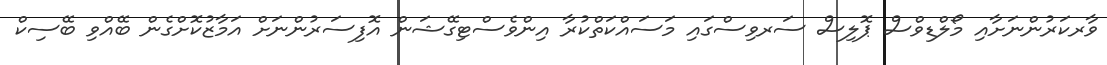
ވާރކަރުންނަށާއި މޯލްޑިވްސް ޕޮލިސް ސަރވިސްގައި މަސައްކަތްކުރާ އިންވެސްޓިގޭޝަން އޮފިސަރުންނަށް އަމާޒުކޮށްގެން ބޭއްވި ބޭސިކް